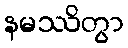
နမဿိတွာ